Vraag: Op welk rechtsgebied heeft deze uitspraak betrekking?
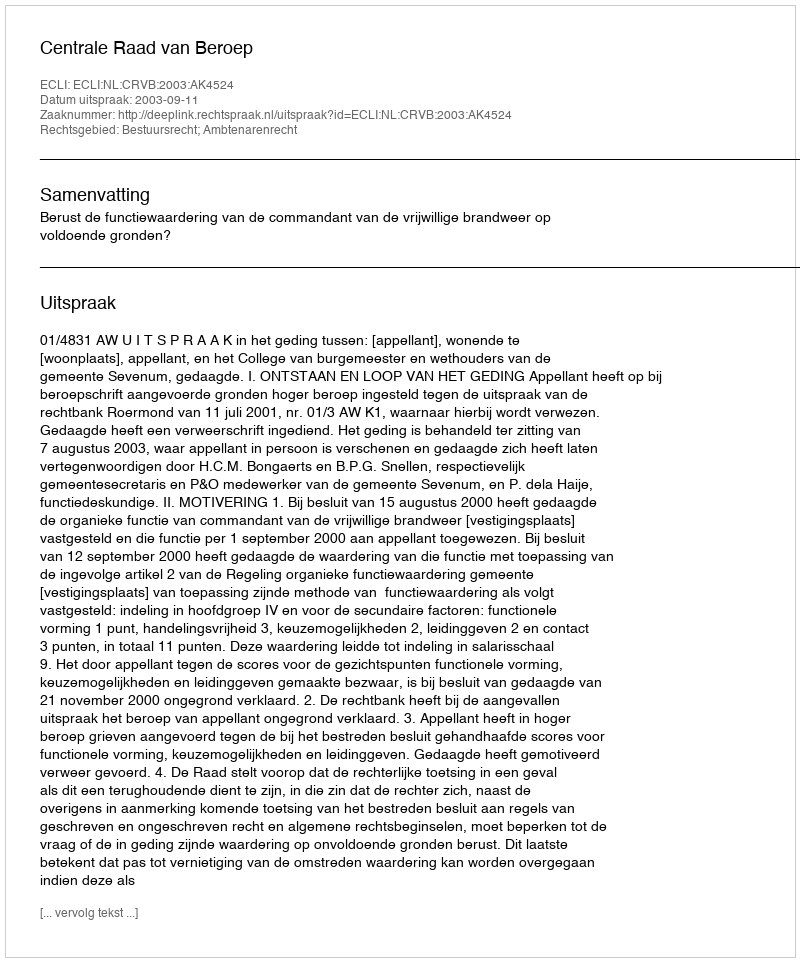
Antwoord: Bestuursrecht; Ambtenarenrecht